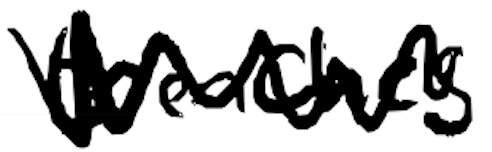
Text: trenches
Cross-out: zig-zag
Writing tool: digital_black